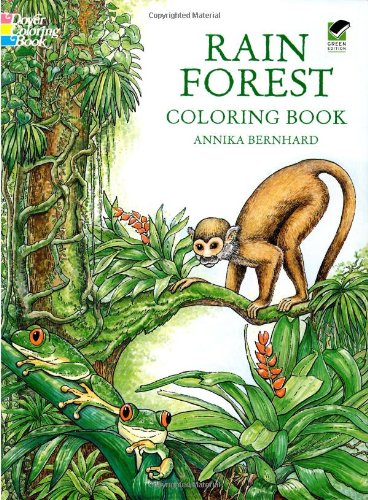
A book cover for Rain Forest Coloring Book; Annika Bernhard; Children's Books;